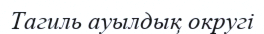
Тагиль ауылдық округі